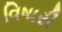
વિષારી